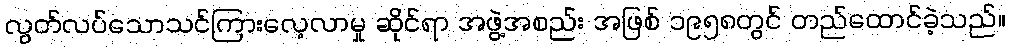
လွတ်လပ်သောသင်ကြားလေ့လာမှု ဆိုင်ရာ အဖွဲ့အစည်း အဖြစ် ၁၉၅၈တွင် တည်ထောင်ခဲ့သည်။